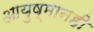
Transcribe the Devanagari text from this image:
आयुष्मानही